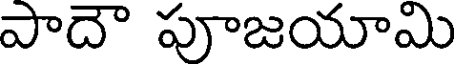
పాదౌ పూజయామి